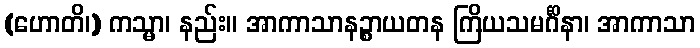
(ဟောတိ၊) ကသ္မာ၊ နည်း။ အာကာသာနဉ္စာယတန ကြိယသမင်္ဂိနာ၊ အာကာသာ